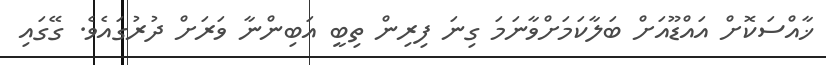
ޚާއްސަކޮށް އައްޑޫއަށް ބަލާކަމަށްވާނަމަ ގިނަ ފިރިން ތިބީ އަބިންނާ ވަރަށް ދުރުގައެވެ. ގޭގައި